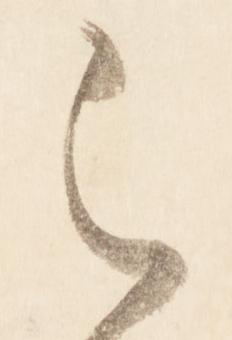
之